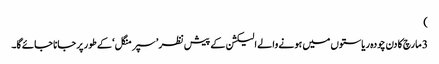
)
3 مارچ کا دن چودہ ریاستوں میں ہونے والے الیکشن کے پیش نظر ’سپر منگل ‘کے طور پر جانا جائے گا۔